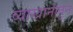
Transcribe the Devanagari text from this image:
व्याखानांतून